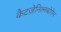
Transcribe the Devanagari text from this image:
कैटज़ेनिल्नबोगेन